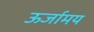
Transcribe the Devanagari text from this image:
ऊर्जामय